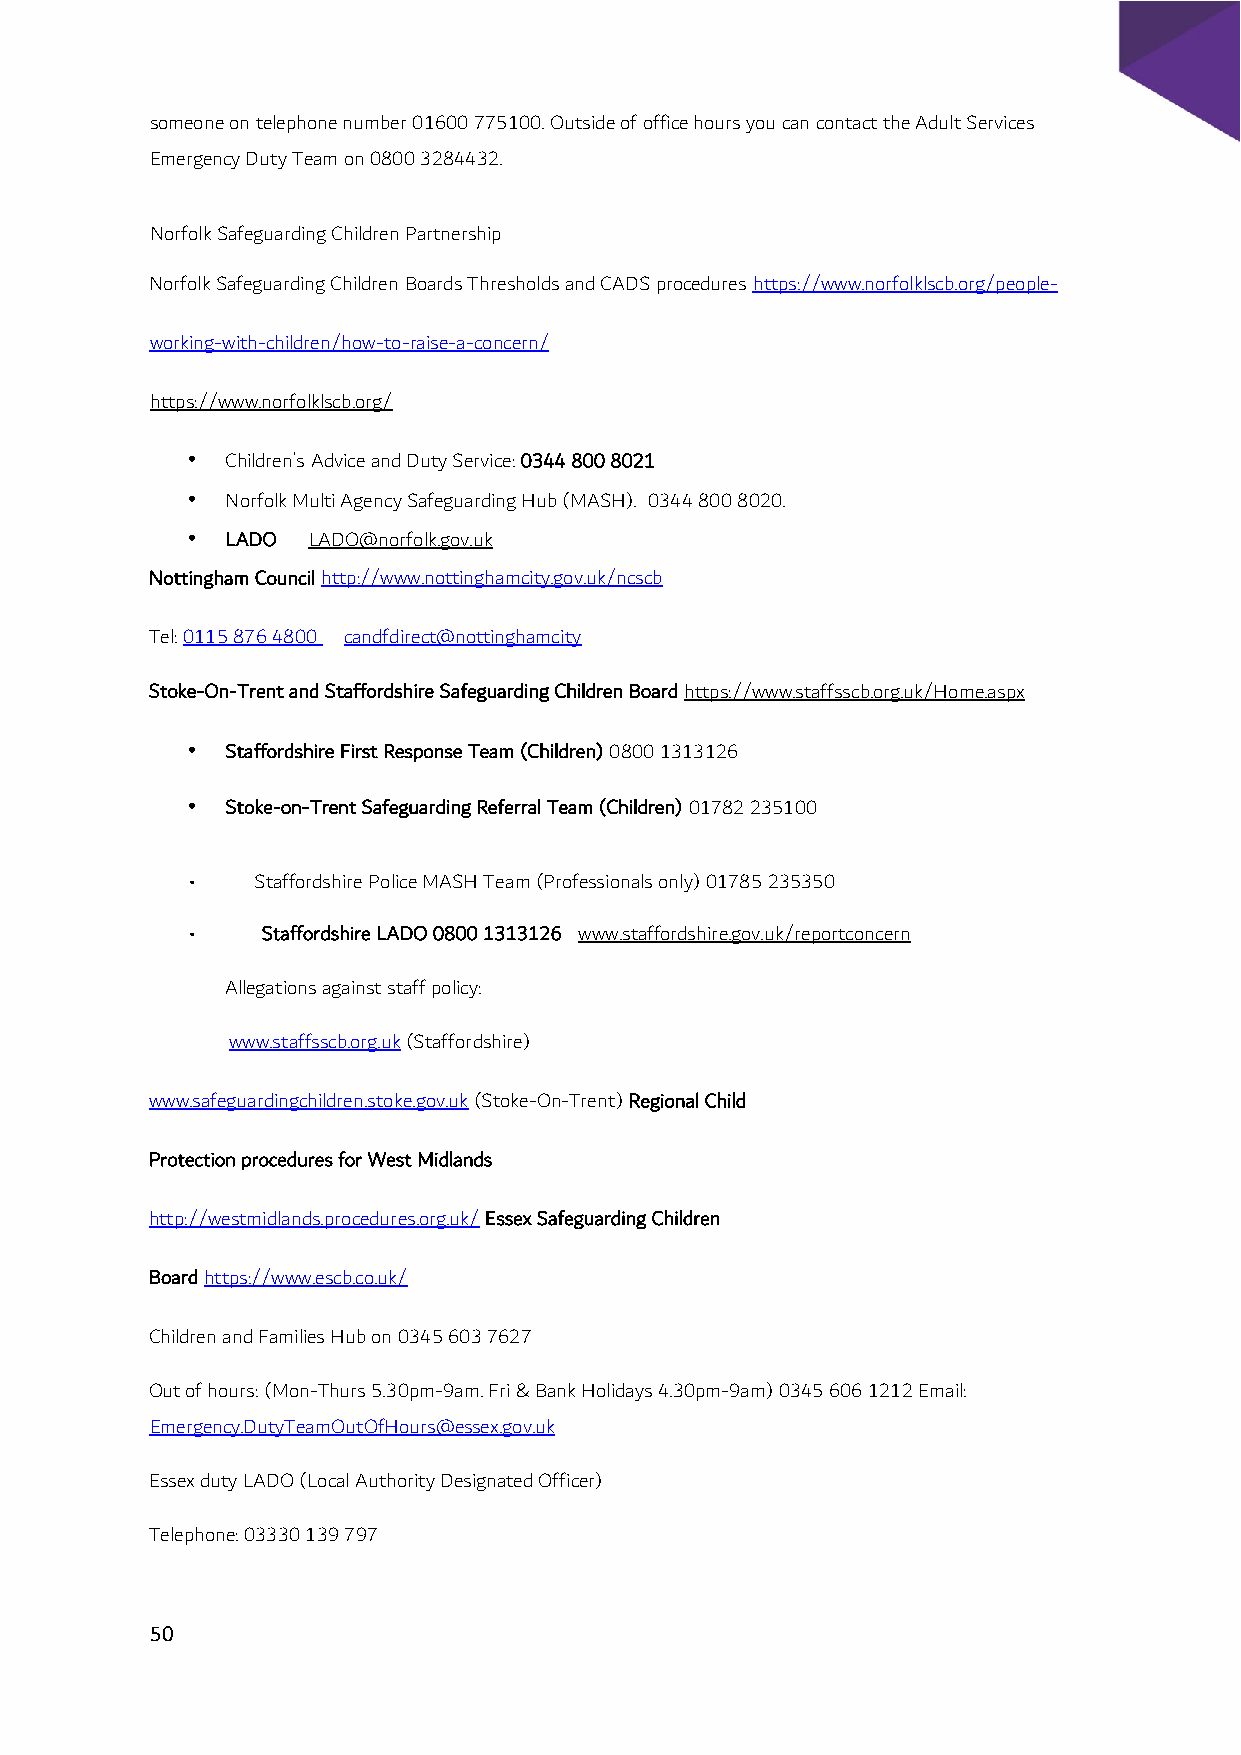
someone on telephone number 01600 775100. Outside of office hours you can contact the Adult Services
 Emergency Duty Team on 0800 3284432.
 Norfolk Safeguarding Children Partnership
 Norfolk Safeguarding Children Boards Thresholds and CADS procedures https://www.norfolklscb.org/people-
 working-with-children/how-to-raise-a-concern/
 https://www.norfolklscb.org/
 •  Children’s Advice and Duty Service: 0344 800 8021
 •  Norfolk Multi Agency Safeguarding Hub (MASH). 0344 800 8020.
 •  LADO LADO@norfolk.gov.uk
 Nottingham Council http://www.nottinghamcity.gov.uk/ncscb
 Tel: 0115 876 4800 candfdirect@nottinghamcity
 Stoke-On-Trent and Staffordshire Safeguarding Children Board https://www.staffsscb.org.uk/Home.aspx
 •  Staffordshire First Response Team (Children) 0800 1313126
 •  Stoke-on-Trent Safeguarding Referral Team (Children) 01782 235100
 •   Staffordshire Police MASH Team (Professionals only) 01785 235350
 •   Staffordshire LADO 0800 1313126 www.staffordshire.gov.uk/reportconcern
 Allegations against staff policy:
 www.staffsscb.org.uk (Staffordshire)
 www.safeguardingchildren.stoke.gov.uk (Stoke-On-Trent) Regional Child
 Protection procedures for West Midlands
 http://westmidlands.procedures.org.uk/ Essex Safeguarding Children
 Board https://www.escb.co.uk/
 Children and Families Hub on 0345 603 7627
 Out of hours: (Mon-Thurs 5.30pm-9am. Fri & Bank Holidays 4.30pm-9am) 0345 606 1212 Email:
 Emergency.DutyTeamOutOfHours@essex.gov.uk
 Essex duty LADO (Local Authority Designated Officer)
 Telephone: 03330 139 797
 50